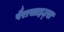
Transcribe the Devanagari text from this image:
पैरासाइट्स